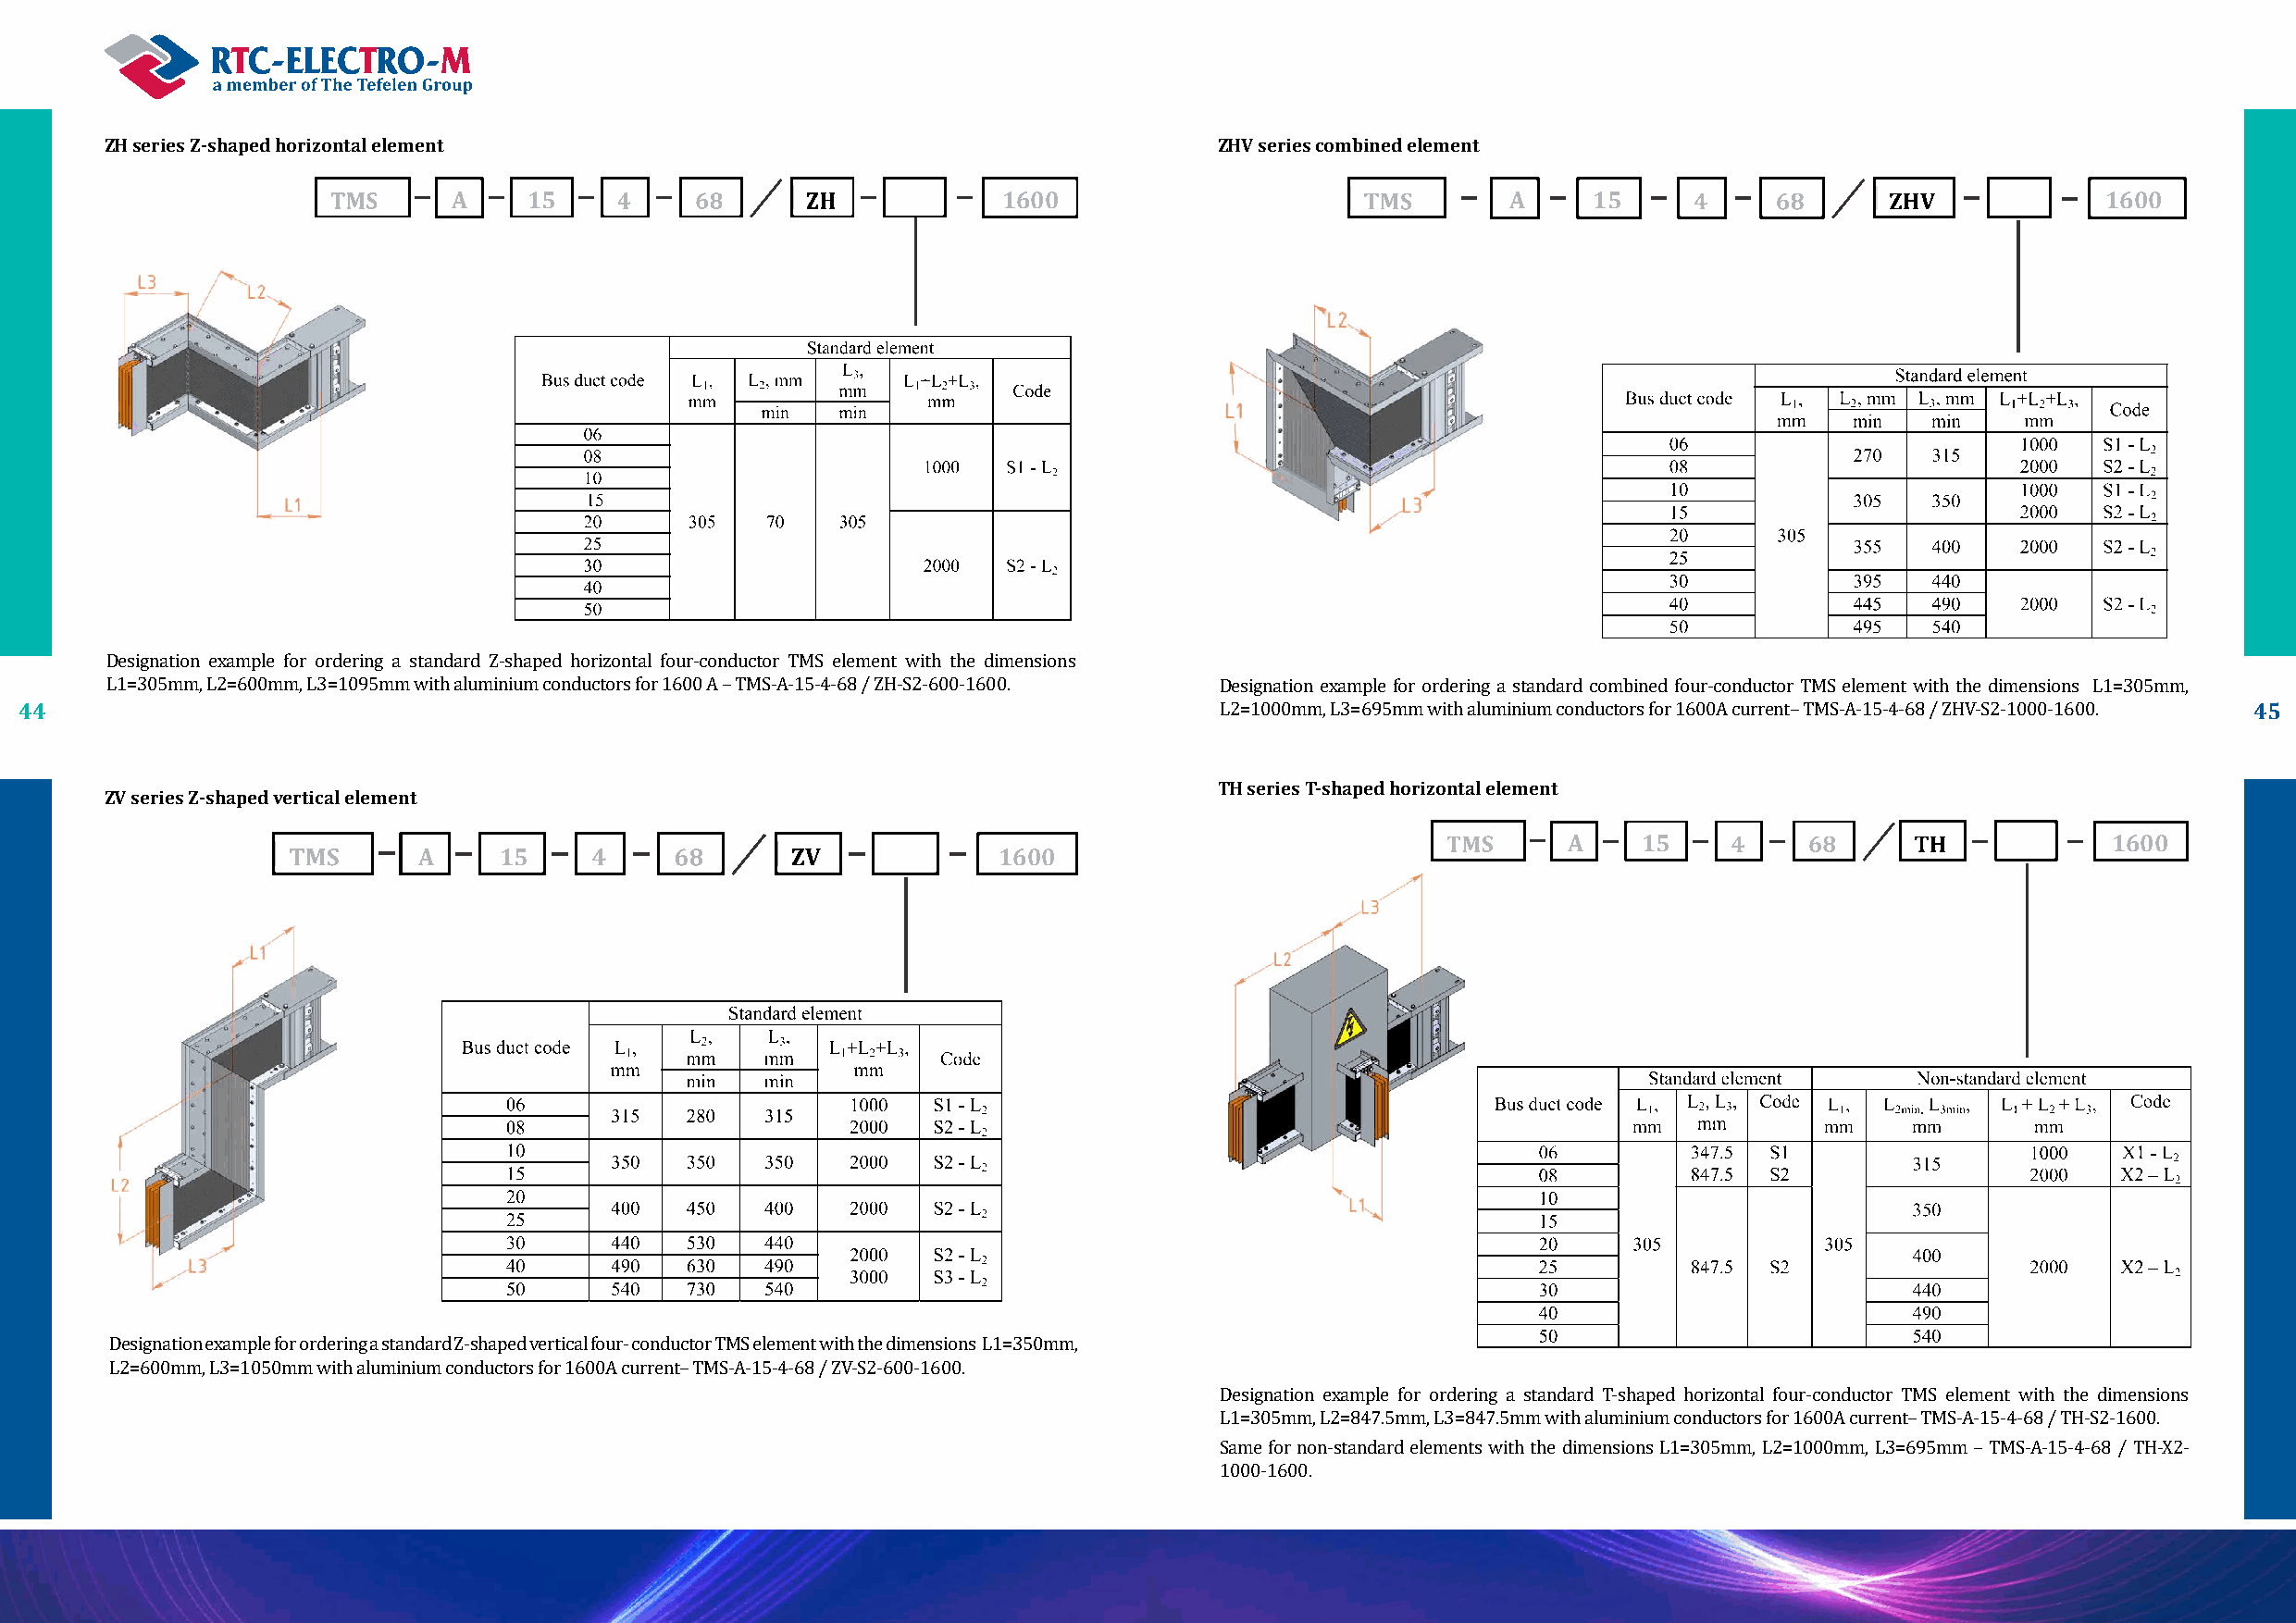
ZH series Z-shaped horizontal element                                           ZHV series combined element
 А     15                                1600                                А     15                                   1600
 Designation example for ordering a standard Z-shaped horizontal four-conductor TMS element with the dimensions
 44                                                                                                                                                              45
 L1=305mm, L2=600mm, L3=1095mm with aluminium conductors for 1600 А – TMS-A-15-4-68 / ZH-S2-600-1600. Designation example for ordering a standard combined four-conductor TMS element with the dimensions L1=305mm,
 L2=1000mm, L3=695mm with aluminium conductors for 1600А current– TMS-A-15-4-68 / ZHV-S2-1000-1600.
 TH series T-shaped horizontal element
 ZV series Z-shaped vertical element
 А    15                                1600
 А     15                                 1600
 Designation example for ordering a standard Z-shaped vertical four- conductor TMS element with the dimensions L1=350mm,
 L2=600mm, L3=1050mm with aluminium conductors for 1600А current– TMS-A-15-4-68 / ZV-S2-600-1600.
 Designation example for ordering a standard T-shaped horizontal four-conductor TMS element with the dimensions
 L1=305mm, L2=847.5mm, L3=847.5mm with aluminium conductors for 1600А current– TMS-A-15-4-68 / TH-S2-1600.
 Same for non-standard elements with the dimensions L1=305mm, L2=1000mm, L3=695mm – TMS-A-15-4-68 / TH-X2-
 1000-1600.